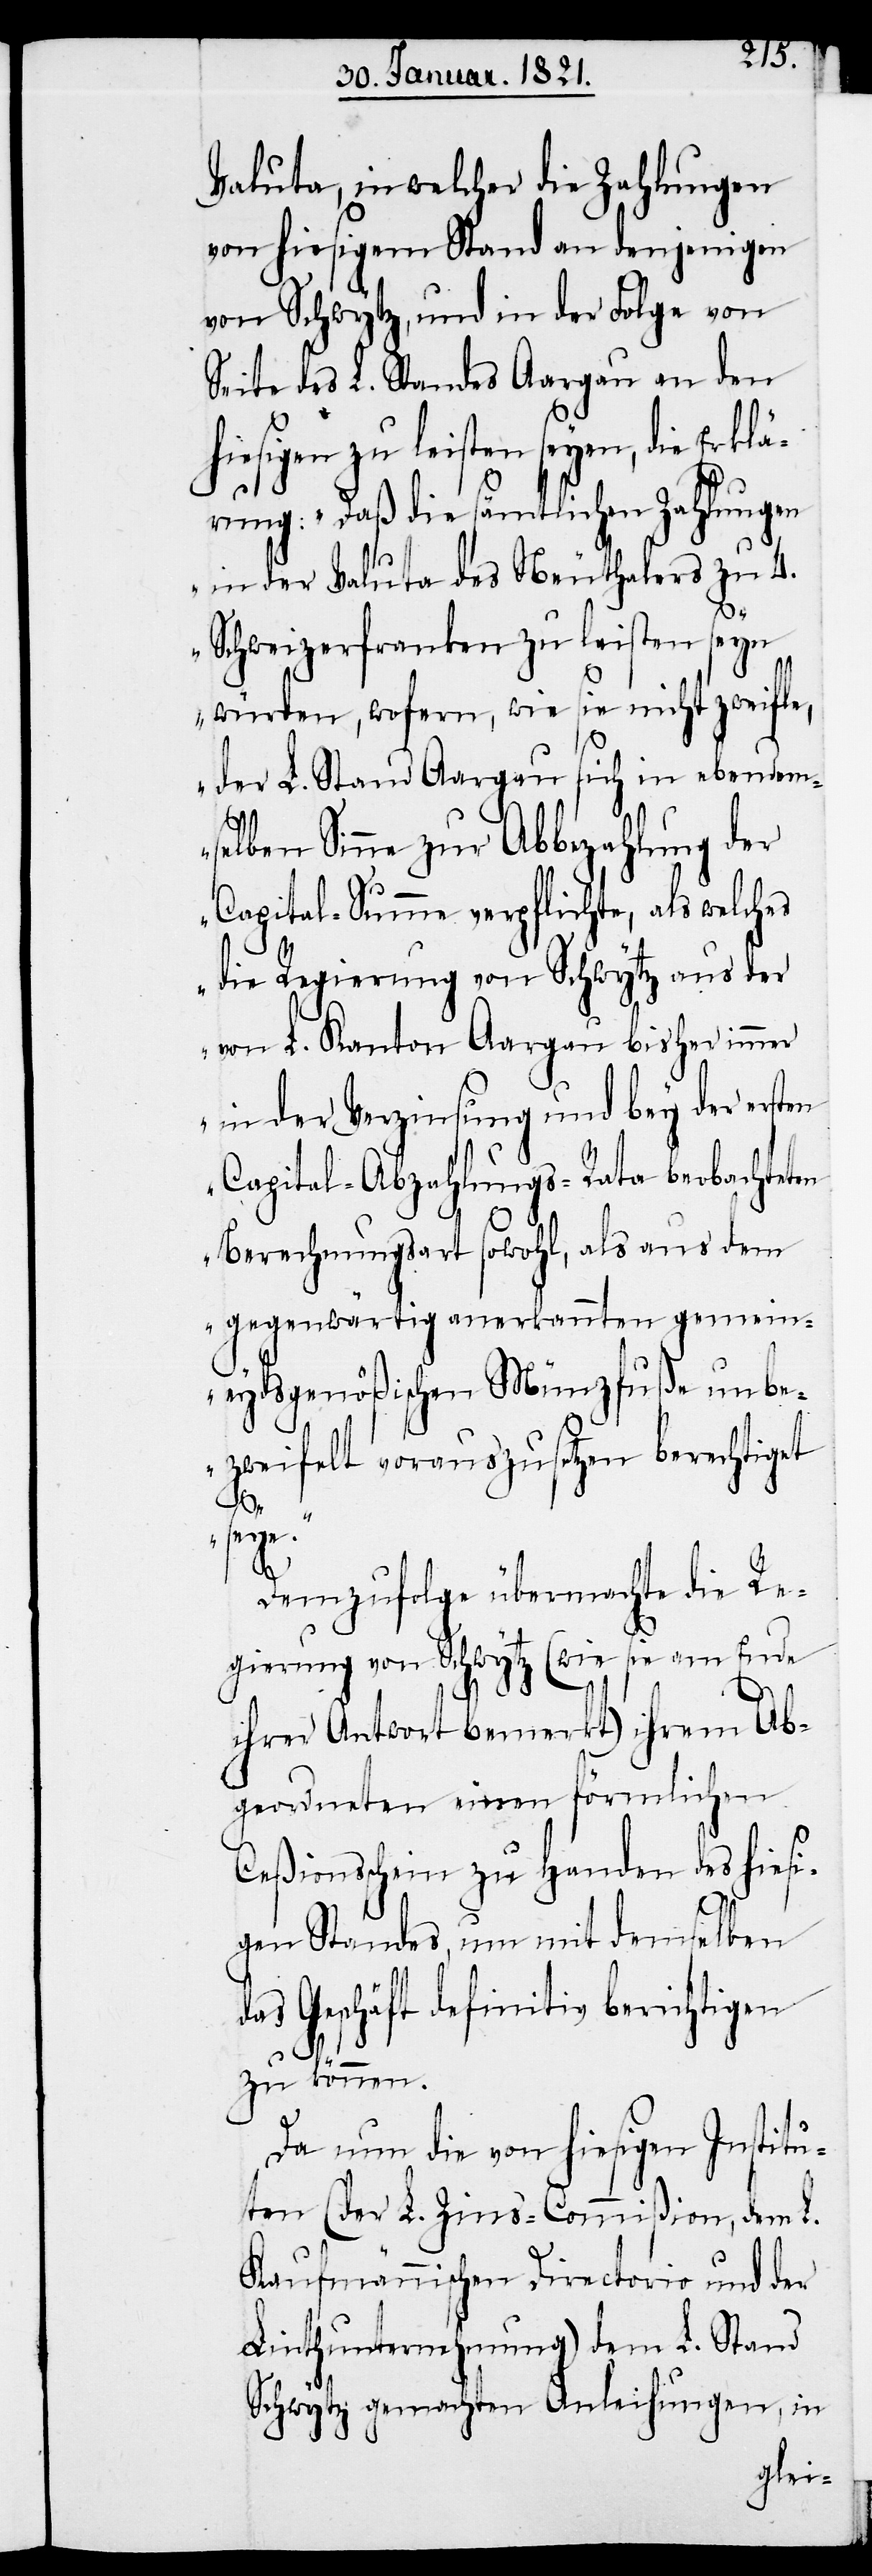
Valuta, in welcher die Zahlungen
von hiesigem Stand an denjenigen
von Schwytz, und in der Folge von
Seite des L. Standes Aargau an den
eisten seyen, die Erklä¬
rung: „Daß die sämtlichen Zahlungen
in der Valuta des Neuthalers zu 4.
Schweizerfranken zu leisten seyn
würden, wofern, wie sie nicht zweifle,
der L. Stand Aargau sich in ebendem¬
selben Sinne zur Abbezahlung der
Capital-Summe verpflichte, als welches
die Regierung von Schwytz aus der
von L. Kanton Aargau bisher immer
in der Verzinsung und bey der ersten
Capital-Abzahlungs-Rata beobachteten
Berechnungsart sowohl, als aus dem
gegenwärtig anerkannten gemein¬
eydsgenößischen Münzfuße unbe¬
zweifelt vorauszusetzen berechtiget
seye.“
Demzufolge übermachte die Re¬
gierung von Schwytz (wie sie am Ende
ihrer Antwort bemerkt) ihrem Ab¬
geordneten einen förmlichen
Ceßionsschein zu Handen des hiesi¬
gen Standes, um mit demselben
das Geschäft definitiv berichtigen
zu können.
Da nun die von hiesigen Institu¬
ten (der L. Zins-Commißion, dem L.
Kaufmännischen Directorio und der
Linthunternehmung) dem L. Stand
Schwytz gemachten Anleitungen, in